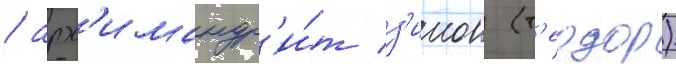
/ арх'имандр'и́т з'инон (т'еодор)